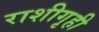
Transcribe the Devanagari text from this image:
राशीगृही